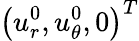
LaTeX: \left(u_{r}^{0},u_{\theta}^{0},0\right)^{T}